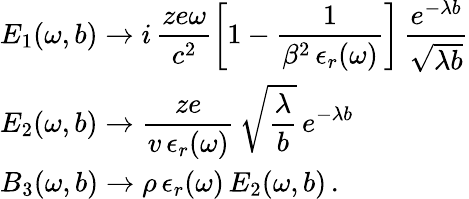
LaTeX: \begin{array}{l}{\displaystyle E_{1}(\omega,b)\rightarrow i\, \frac{ze\omega}{c^{2}}\left[1-\frac{1}{\beta^{2}\, \epsilon_{r}(\omega)}\right]\, \frac{e^{-\lambda b}}{\sqrt{\lambda b}}}\\ {\displaystyle E_{2}(\omega,b)\rightarrow\frac{ze}{v\, \epsilon_{r}(\omega)}\, \sqrt{\frac{\lambda}{b}}\, e^{-\lambda b}}\\ {\displaystyle B_{3}(\omega,b)\rightarrow\rho\, \epsilon_{r}(\omega)\, E_{2}(\omega,b)\, .}\end{array}